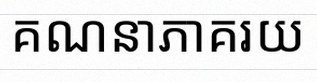
គណនាភាគរយ